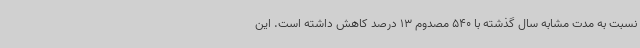
نسبت به مدت مشابه سال گذشته با 540 مصدوم 13 درصد کاهش داشته است. این